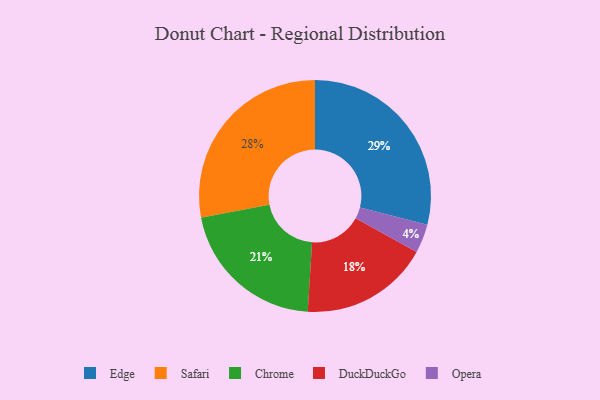
{"axis": {"x": "Category", "y": "Percentage"}, "legend": ["Chrome", "DuckDuckGo", "Edge", "Opera", "Safari"], "data": [{"x": "Chrome", "y": 21, "type": "Chrome"}, {"x": "Safari", "y": 28, "type": "Safari"}, {"x": "DuckDuckGo", "y": 18, "type": "DuckDuckGo"}, {"x": "Opera", "y": 4, "type": "Opera"}, {"x": "Edge", "y": 29, "type": "Edge"}]}